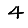
Digit: 4